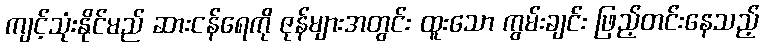
ကျင့်သုံးနိုင်မည် ဆားငန်ရေကို ဇုန်များအတွင်း ထူးသော ကွမ်းချင်း ဖြည့်တင်းနေသည့်